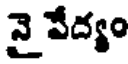
నై వేద్యం